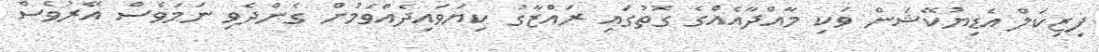
ފިޒިކަލް އެޑިޔުކޭޝަން ވަކި މާއްދާއެއްގެ ގޮތުގައި ރައްޒާގު ކިޔަވައިދެއްވަމުން ގެންދެވި ނަމަވެސް އޭރުވެސް